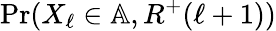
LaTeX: \operatorname{\mathrm{Pr}}(X_{\ell}\in\mathbb{A},R^{+}(\ell+1))